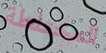
المختلطة